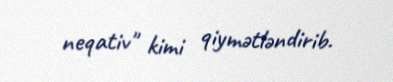
neqativ" kimi qiymətləndirib.